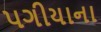
પગીયાના